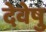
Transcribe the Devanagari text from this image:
देवेषु